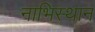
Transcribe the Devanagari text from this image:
नाभिस्थान